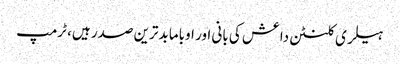
ہیلری کلنٹن داعش کی بانی اور اوباما بدترین صدر ہیں، ٹرمپ